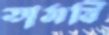
তামবি